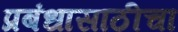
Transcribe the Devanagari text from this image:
प्रबंधासाठीचा